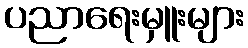
ပညာရေးမှူးများ